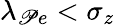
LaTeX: \lambda_{\mathscr{P}e}<\sigma_{z}